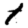
Digit: 1